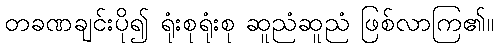
တခဏချင်းပို၍ ရုံးစုရုံးစု ဆူညံဆူညံ ဖြစ်လာကြ၏။